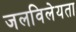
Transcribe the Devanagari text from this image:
जलविलेयता